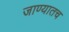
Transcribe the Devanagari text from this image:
जाण्यातच